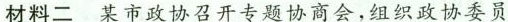
材料二 某市政协召开专题协商会，组织政协委员